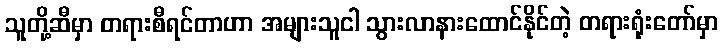
သူတို့ဆီမှာ တရားစီရင်တာဟာ အများသူငါ သွားလာနားထောင်နိုင်တဲ့ တရားရုံးတော်မှာ